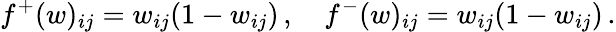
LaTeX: f^{+}(w)_{ij}=w_{ij}(1-w_{ij})\, ,\quad f^{-}(w)_{ij}=w_{ij}(1-w_{ij})\, .